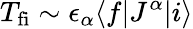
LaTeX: T_{\mathrm{fi}}\sim\epsilon_{\alpha}\langle f|J^{\alpha}|i\rangle